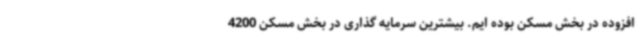
افزوده در بخش مسکن بوده ایم. بیشترین سرمایه گذاری در بخش مسکن 4200